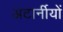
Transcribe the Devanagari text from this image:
अटार्नीयों